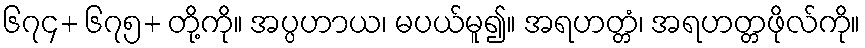
၆၇၄+ ၆၇၅+ တို့ကို။ အပ္ပဟာယ၊ မပယ်မူ၍။ အရဟတ္တံ၊ အရဟတ္တဖိုလ်ကို။